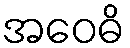
အဝေဓိ